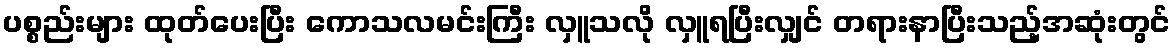
ပစ္စည်းများ ထုတ်ပေးပြီး ကောသလမင်းကြီး လှူသလို လှူရပြီးလျှင် တရားနာပြီးသည့်အဆုံးတွင်